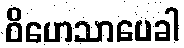
ဝိဟေသာပေခါ